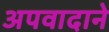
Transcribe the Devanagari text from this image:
अपवादाने